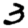
Digit: 3